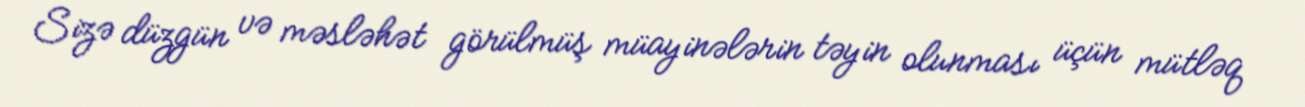
Sizə düzgün və məsləhət görülmüş müayinələrin təyin olunması üçün mütləq